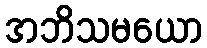
အဘိသမယော